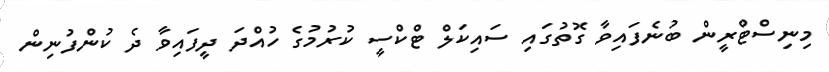
މިނިސްޓްރީން ބުނެފައިވާ ގޮތުގައި ސައިކަލް ޓްކްސީ ކުރުމުގެ ހުއްދަ ދީފައިވާ ދެ ކުންފުނިން